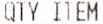
QTY ITEM